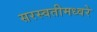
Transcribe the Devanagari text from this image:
सरस्वतीमध्वरे